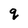
Character: q